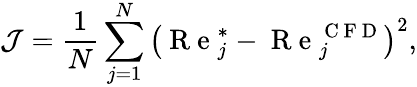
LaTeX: \mathcal{J}=\frac{1}{N}\sum_{j=1}^{N}\left(\mathrm{~R~e~}_{j}^{\ast}-\mathrm{~R~e~}_{j}^{\mathrm{~C~F~D~}}\right)^{2},